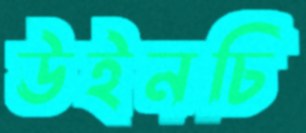
উইনচি